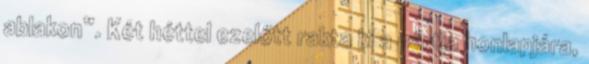
ablakon”. Két héttel ezelőtt rakta ki a pártja honlapjára,